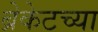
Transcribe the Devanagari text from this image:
ब्रेकेटच्या